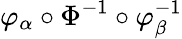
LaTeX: \varphi_{\alpha}\circ\Phi^{-1}\circ\varphi_{\beta}^{-1}